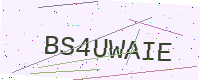
Text: BS4UWAIE